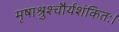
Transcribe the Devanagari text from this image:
मृषाश्रुश्चौर्यशंकितः।